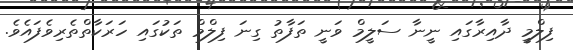
ފިލްމީ ދާއިރާގައި ނީނާ ސަލީމް ވަނީ ތަފާތު ގިނަ ފިލްމް ތަކުގައި ހަރަކާތްތެރިވެފައެވެ.